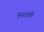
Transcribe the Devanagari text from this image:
भिरक्षति